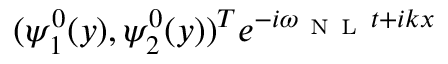
( \psi _ { 1 } ^ { 0 } ( y ) , \psi _ { 2 } ^ { 0 } ( y ) ) ^ { T } e ^ { - i \omega _ { \mathrm { ~ N ~ L ~ } } t + i k x }